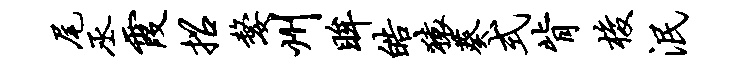
尾丞霞招嫠州眸皓猿葵式背梭泯